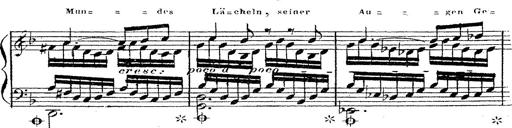
Title: 12 Lieder von Franz Schubert
Composer: Franz Liszt